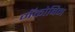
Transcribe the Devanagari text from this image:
जॅकोबिन